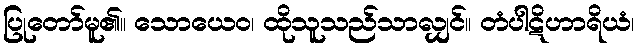
ပြုတော်မူ၏။ သောယေဝ၊ ထိုသူသည်သာလျှင်။ တံပါဋိဟာရိယံ၊